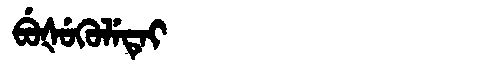
Manchu: ᠪᡠᡧᡠᡴᡠᠯᡝᡨᡝᡳ
Romanization: BUŠUKULETEI